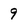
Character: 9